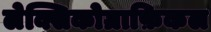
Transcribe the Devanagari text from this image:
लेक्सिकोग्राफ़िकल